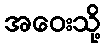
အဝေးသို့